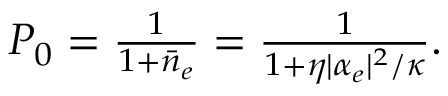
\begin{array} { r } { P _ { 0 } = \frac { 1 } { 1 + \bar { n } _ { e } } = \frac { 1 } { 1 + \eta | \alpha _ { e } | ^ { 2 } / \kappa } . } \end{array}